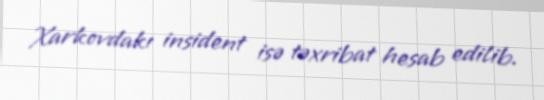
Xarkovdakı insident isə təxribat hesab edilib.